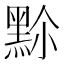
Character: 𪐳